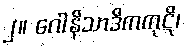
၂။ ဂေါနိသာဒိကကုဋိ၊